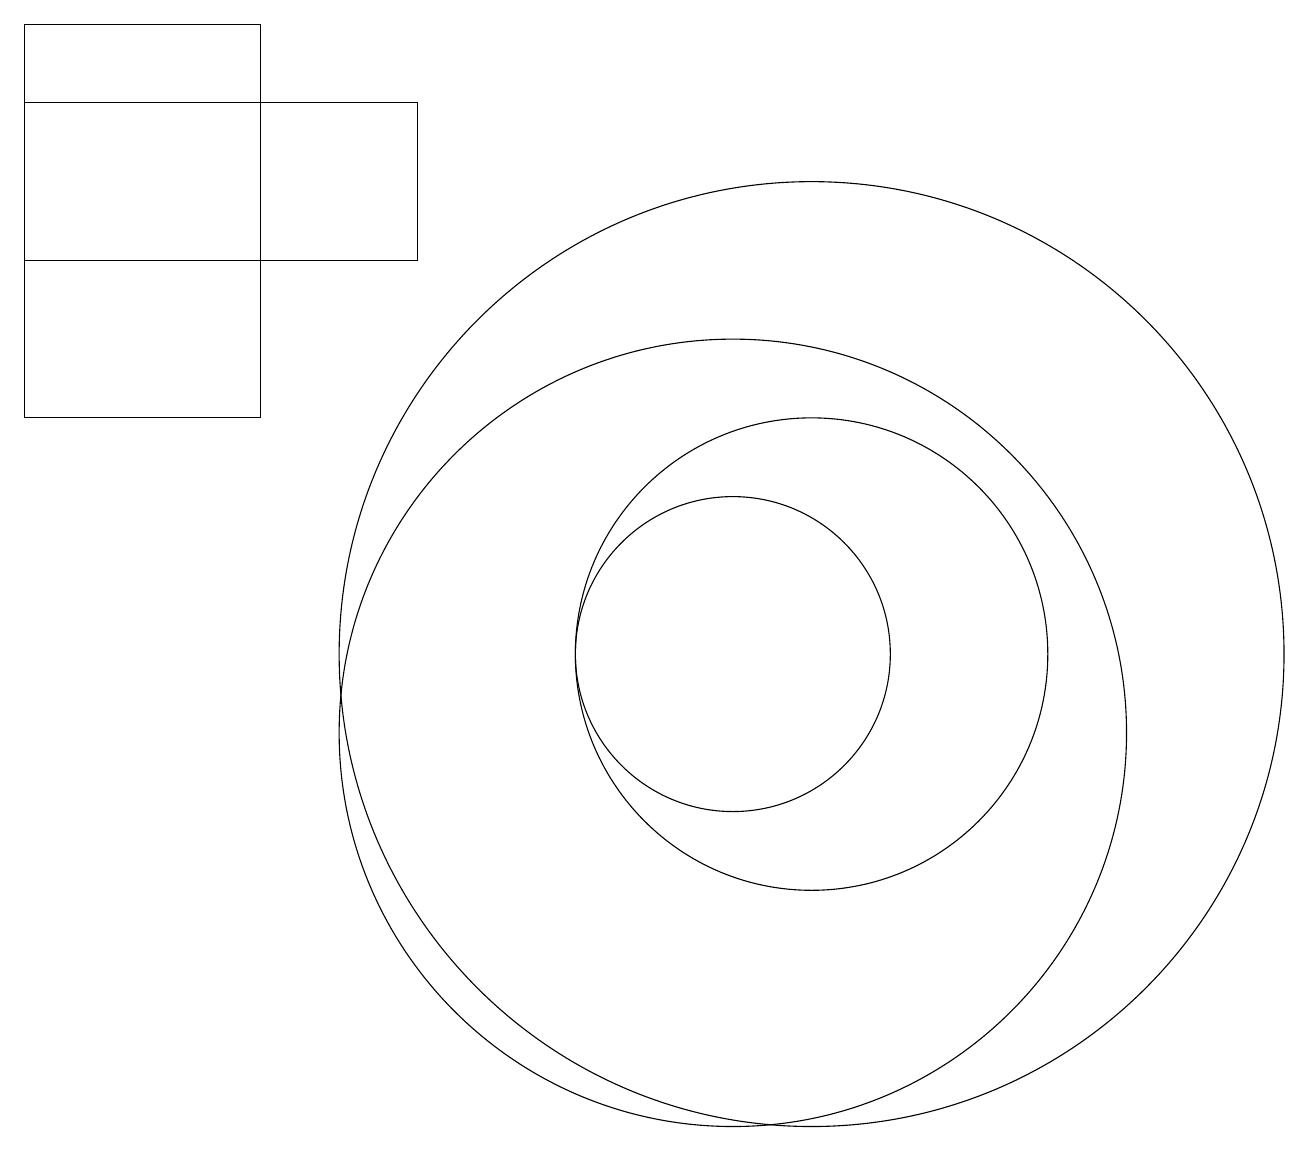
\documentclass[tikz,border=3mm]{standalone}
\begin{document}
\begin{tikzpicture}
\draw (1,19) rectangle (4,14);
\draw (10,10) circle (5);
\draw (11,11) circle (6);
\draw (10,11) circle (2);
\draw (12,10) circle (0);
\draw (11,11) circle (3);
\draw (1,16) rectangle (6,18);
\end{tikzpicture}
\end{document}